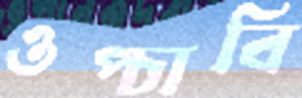
ওপ্‌চাবি